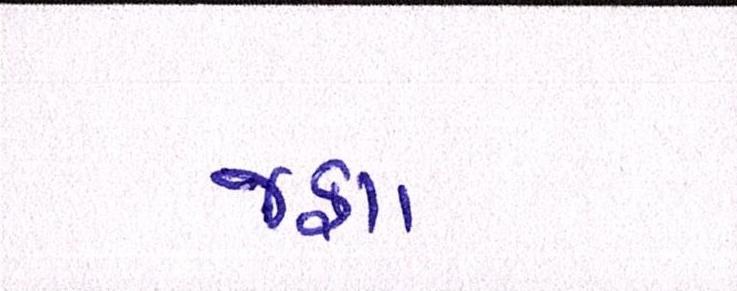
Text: જફા